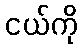
ငယ်ကို